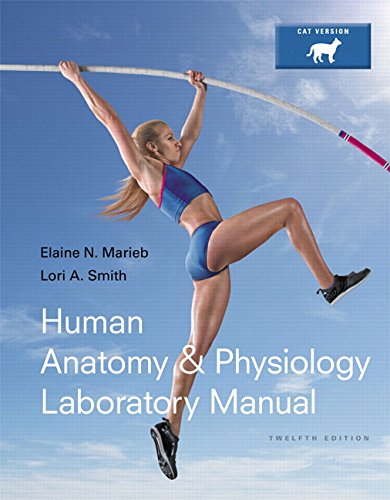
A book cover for Human Anatomy & Physiology Laboratory Manual, Cat Version (12th Edition); Elaine N. Marieb; Medical Books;